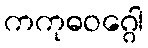
ကကုဓဝဂ္ဂေါ